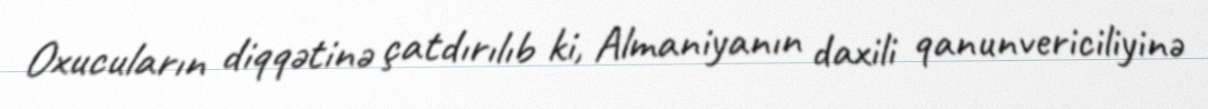
Oxucuların diqqətinə çatdırılıb ki, Almaniyanın daxili qanunvericiliyinə